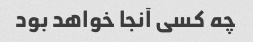
چه کسی آنجا خواهد بود